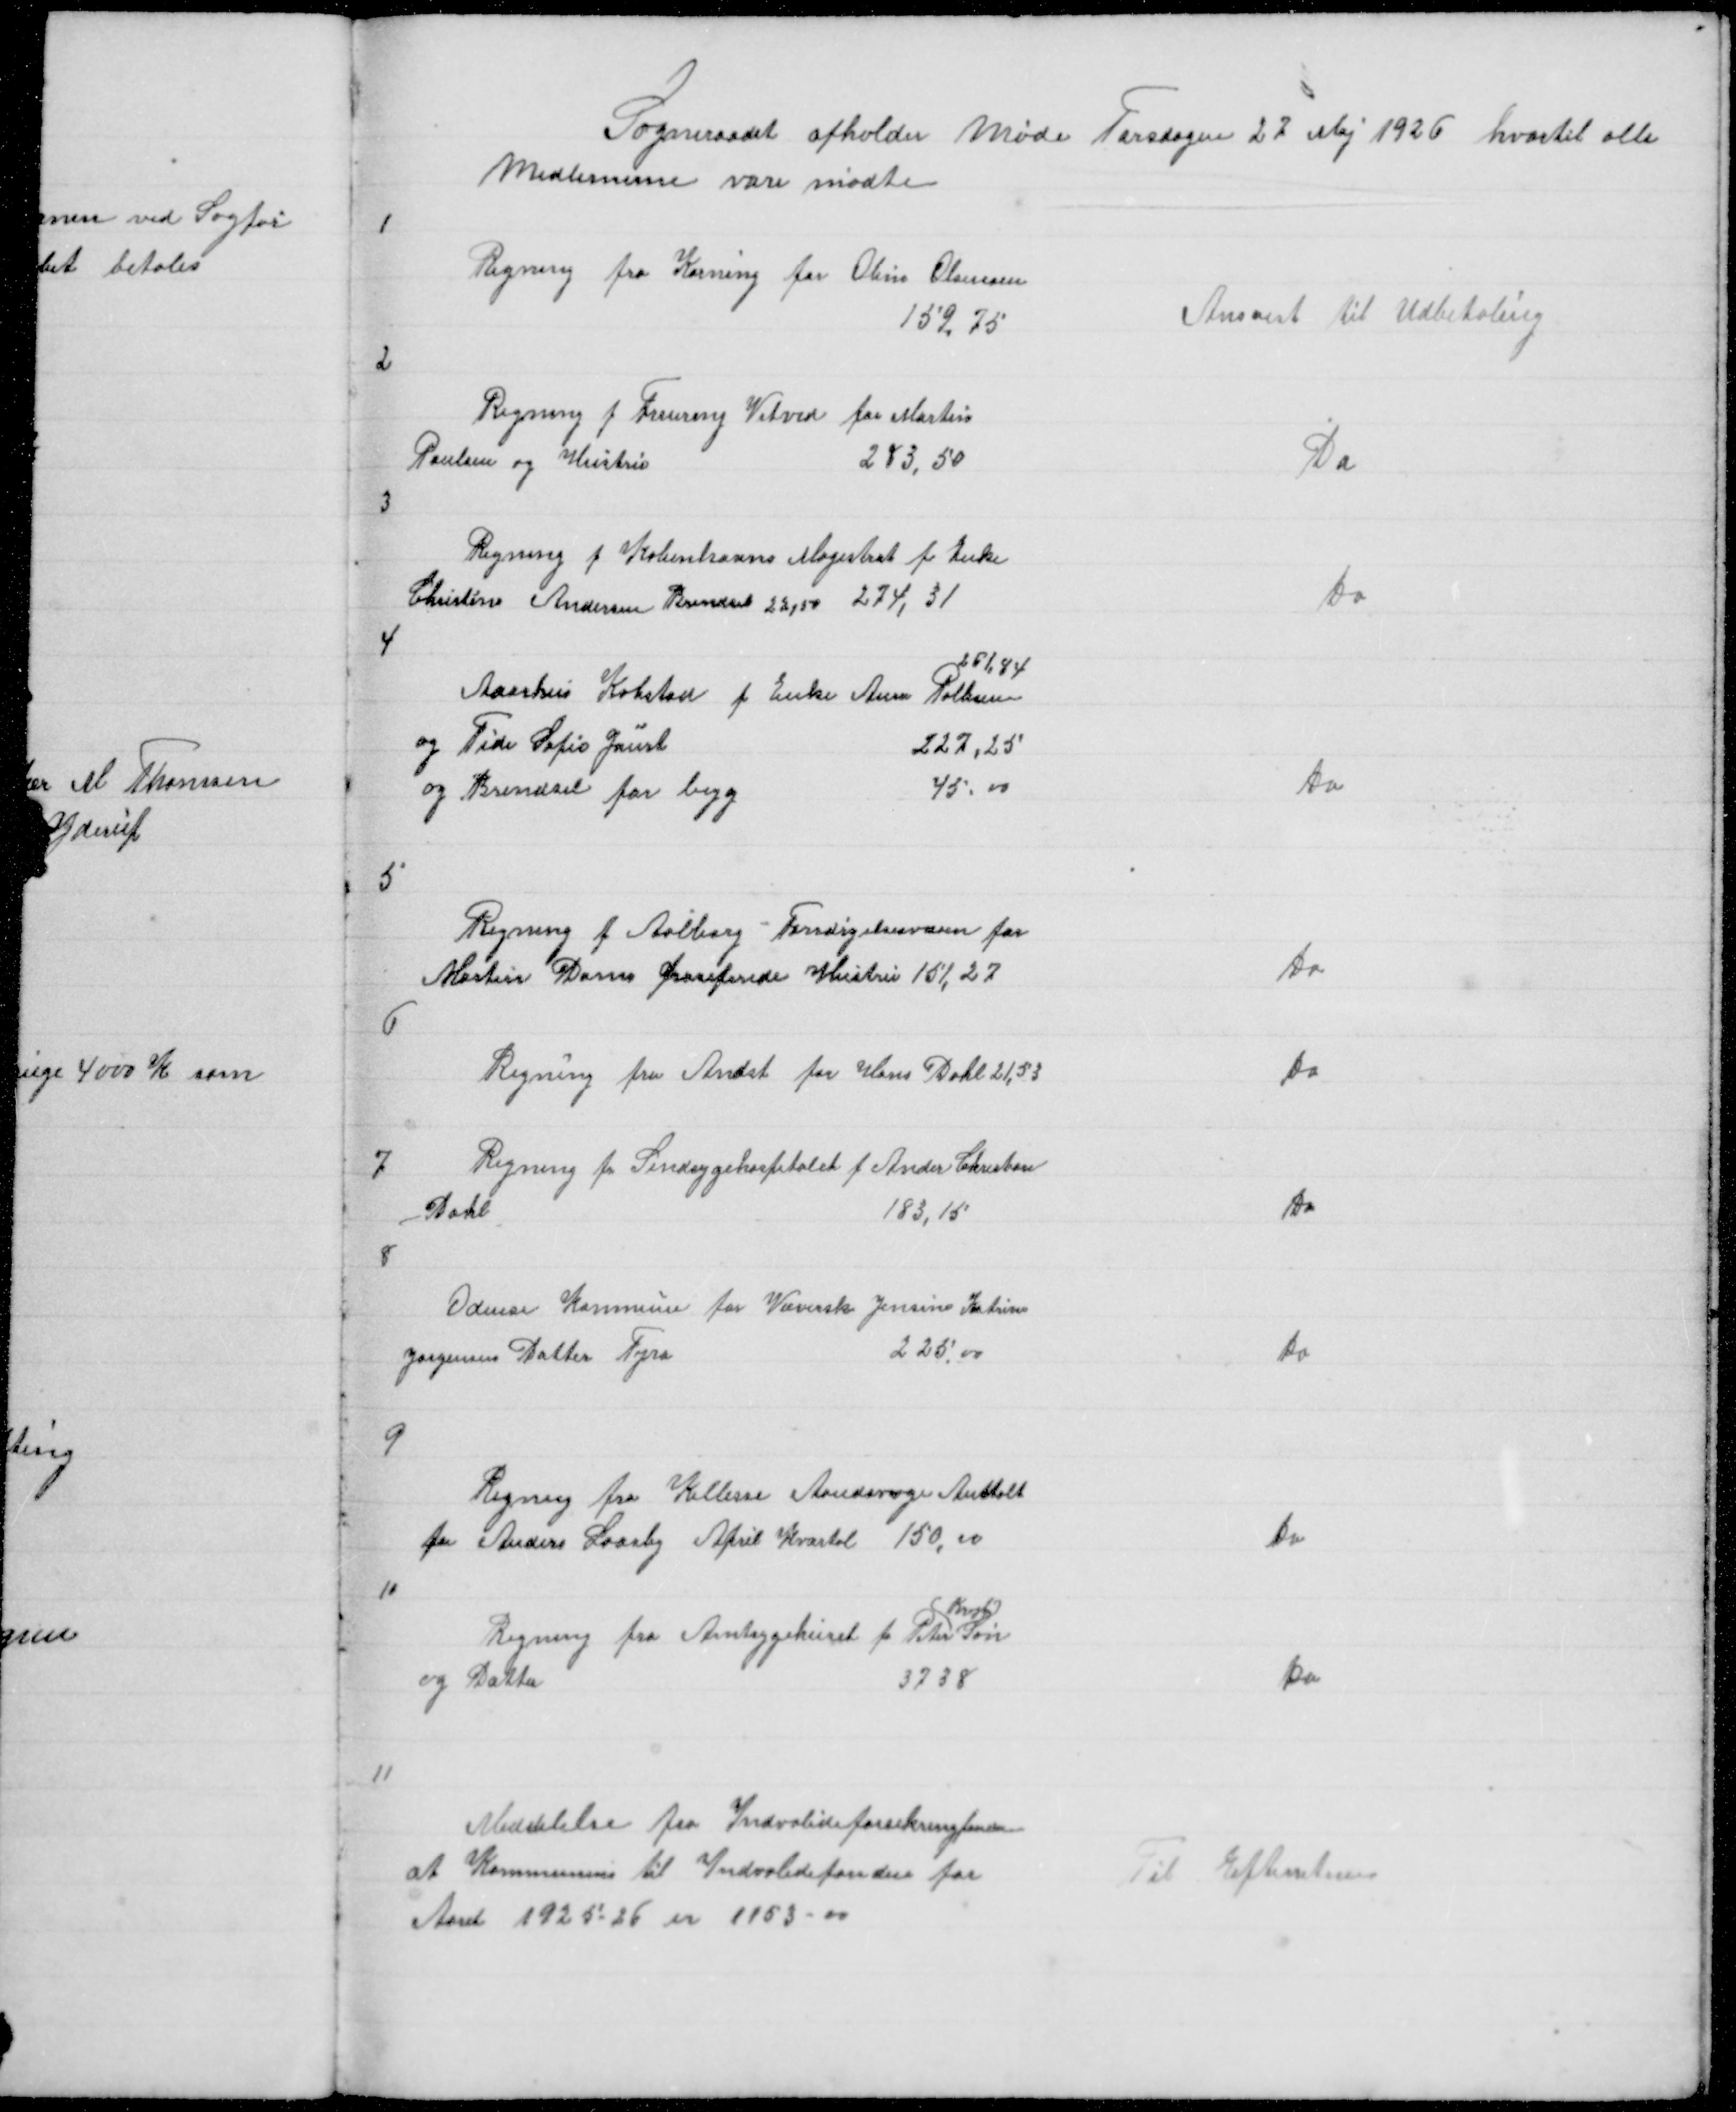
Transskription:
Sogneraadet afholder Møde Torsdagen 27 Maj 1926 hvortil alle
Medlemerne vare mødte

1

Regning fra Korning for Oline Olsensen
159,75

Anvist til Udbetaling

2

Regning f Fruering Vitved for Martin
Poulsen og Hustru
283,50

Do

3

Regning f Københavns Magistrat f Enke
Christine Andersen Brendsel 28,50 274,31

Do

4

251,84
Aarhus Købstad f Enke Anne Pallesen
og Tide Sofie Jaurt
227,25
og Brendsel for begg
45,00

Do

5

Regning f Aalborg Forsørgelsesvæsen for
Martin Dams fraseperede Hustru 151,27

Do

6

Regning fra Andst for Hans Dahl 21,53

Do

7

Regning fra Sindsygehospitalet f Ander Christian
Dahl
183,15

Do

8

Odense Kommune for Væverske Jensine Katrine
Jørgensens Datter Tyra
225,00

Do

9

Regning fra Kellerse Aandsvage Anstalt
for Anders Laasby April Kvartal 150,00

Do

10

Krogh
Regning fra Amtsygehuset fr Peter Søn
og Datter
3738

Do

11

Medelelse fra Indvalideforsikringfonden
at Kommunen til Indvalidefonden for
Aaret 1925 - 26 er 1153 - 00

Til Efterretning